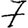
Digit: 7